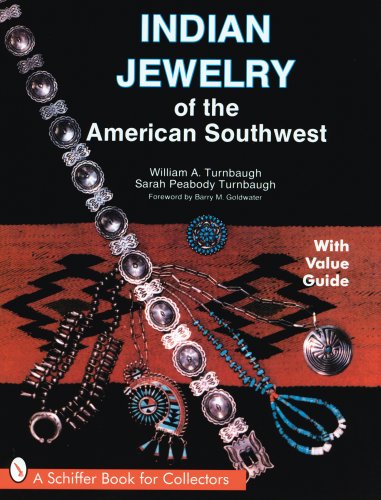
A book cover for Indian Jewelry of the American Southwest (Schiffer Book for Collectors with Value Guide); William A. Turnbaugh; Crafts, Hobbies & Home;